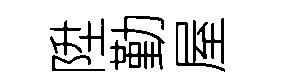
陞勤屋